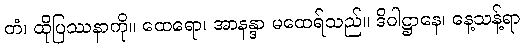
တံ၊ ထိုပြဿနာကို။ ထေရော၊ အာနန္ဒာ မထေရ်သည်။ ဒိဝါဋ္ဌာနေ၊ နေ့သန့်ရာ